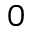
_ { 0 }